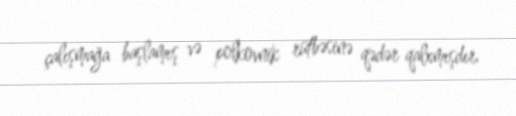
çalışmağa başlamış və polkovnik rütbəsinə qədər qalxmışdır.